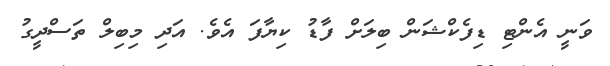
ވަނީ އެންޓި ޑިފެކްޝަން ބިލަށް ފާޑު ކިޔާފަ އެވެ. އަދި މިބިލް ތަސްދީގު